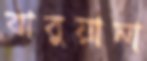
বাবুয়ানা